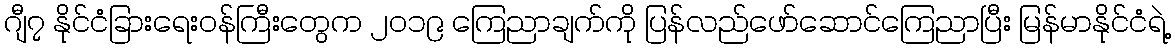
ဂျီ၇ နိုင်ငံခြားရေးဝန်ကြီးတွေက ၂၀၁၉ ကြေညာချက်ကို ပြန်လည်ဖော်ဆောင်ကြေညာပြီး မြန်မာနိုင်ငံရဲ့